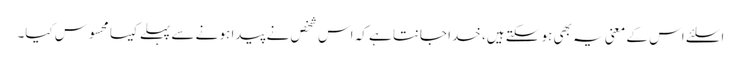
اسلئے اس کے معنی یہ بھی ہو سکتے ہیں، خدا جانتا ہے کہ اس شخص نے پیدا ہو نے سے پہلے کیسا محسوس کیا۔